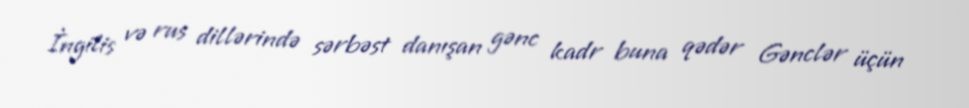
İngilis və rus dillərində sərbəst danışan gənc kadr buna qədər Gənclər üçün